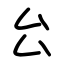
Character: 㕕